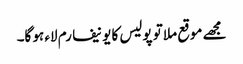
مجھے موقع ملا تو پولیس کا یونیفارم لاء ہو گا۔